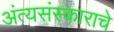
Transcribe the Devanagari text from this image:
अंत्यसंस्काराचे